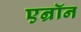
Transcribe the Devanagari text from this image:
एन्रॉन